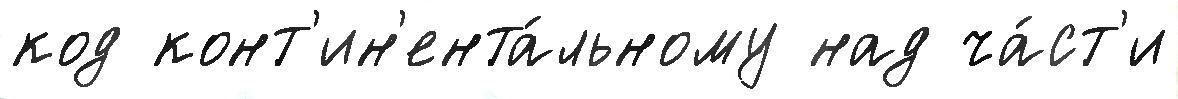
код конт'ин'ента́льному над ча́ст'и